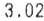
3.02